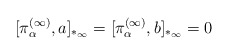
\begin{align*}[ \pi_\alpha^{(\infty)},a]_{*_\infty} = [ \pi_\alpha^{(\infty)},b]_{*_\infty}=0\end{align*}